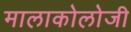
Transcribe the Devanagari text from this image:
मालाकोलोजी